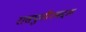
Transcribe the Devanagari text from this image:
रासपुतीनबद्दल